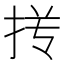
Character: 𰓢